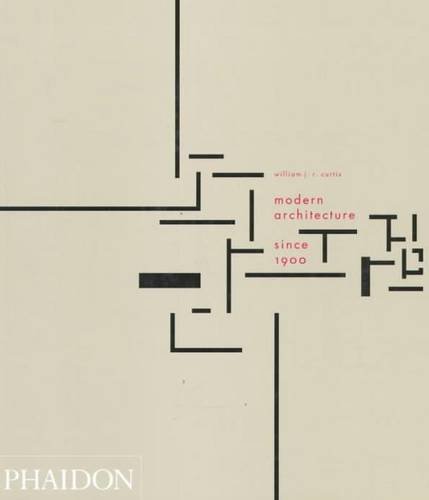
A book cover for Modern Architecture Since 1900; William J.R. Curtis; Arts & Photography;